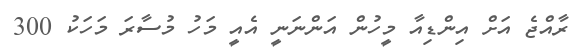
ރާއްޖެ އަށް އިންޑިއާ މީހުން އަންނަނީ އެއީ މަހު މުސާރަ މަހަކު 300